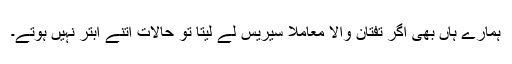
ہمارے ہاں بھی اگر تفتان والا معاملا سیریس لے لیتا تو حالات اتنے ابتر نہیں ہوتے۔